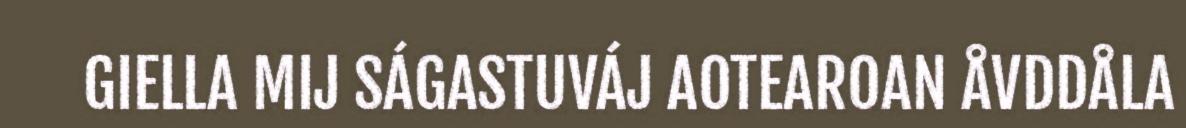
GIELLA MIJ SÁGASTUVÁJ AOTEAROAN ÅVDDÅLA